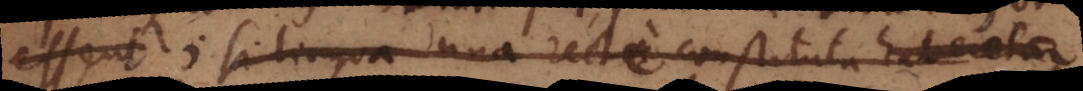
ssent; si lingua una recte constituta haberetur